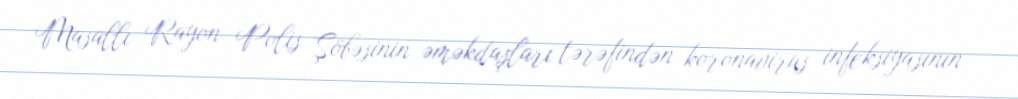
Masallı Rayon Polis Şöbəsinin əməkdaşları tərəfindən koronavirus infeksiyasının